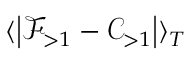
\langle \left| \mathcal { F } _ { > 1 } - \mathcal { C } _ { > 1 } \right| \rangle _ { T }